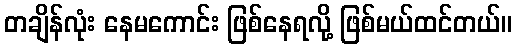
တချိန်လုံး နေမကောင်း ဖြစ်နေရလို့ ဖြစ်မယ်ထင်တယ်။